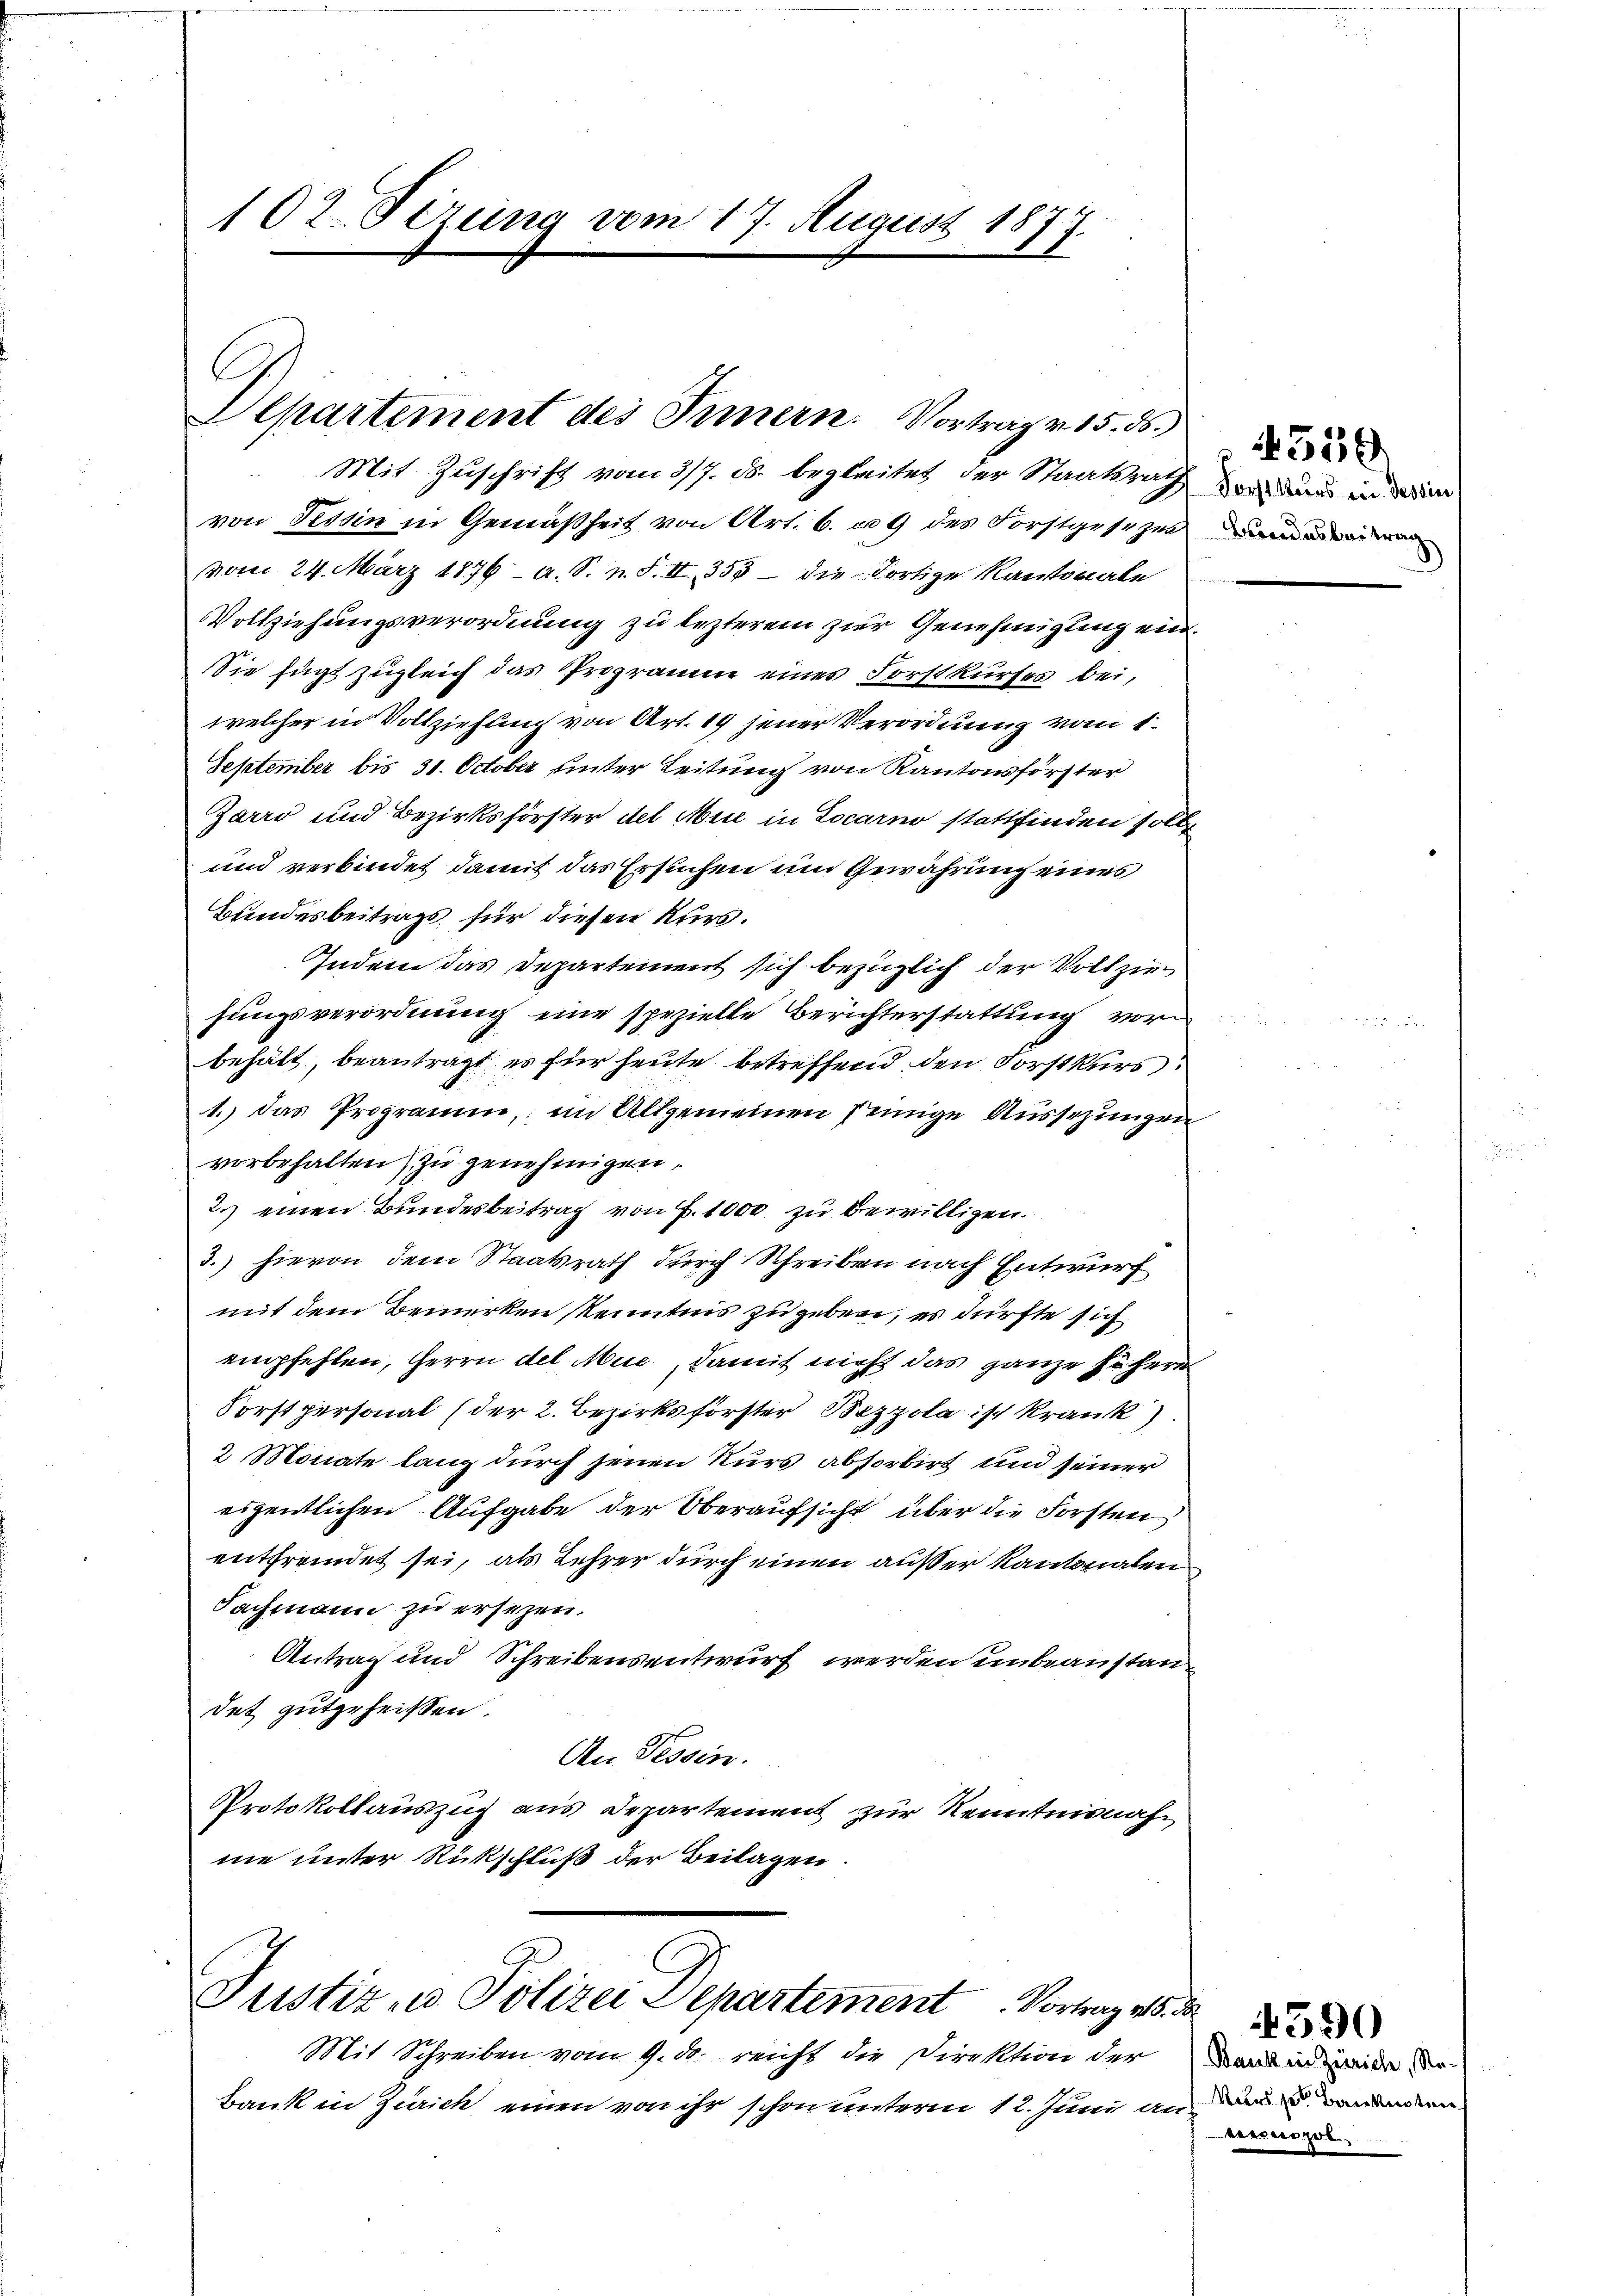
Departement des Innern. Vortrag v. 15. 56.)
Mit Zuschrift vom 3/7. ds. begleitet der Staatsrath vor dann in der in

102. Sizung vom 17. August 187
¬

von Tessin in Gemäßheit von Art. 6. u. 9 des Forstgesezes dann einen
vom 24. März 1876 a. S. n. F. II., 355 - die dortige Kantonale
Vollziehungsverordnung zu lezterem zur Genehmigung ein¬
Sie fügt zugleich das Programm eines Forstkurses bei,
welcher in Vollziehung von Art. 19 jener Verordnung vom 1.
September bis 31. October hinter Leitung von Kantonsförster
Zarro und Bezirksförster del Mue in Locarno stattfinden solle
und verbindet damit das Ersuchen um Gewährung eines
Bundesbeitrags für diesen Kurs.
Indem das Departement sich bezüglich der Vollziehungsverordnung eine spezielle Berichterstattung vor
behält, beantragt es für heute betreffend den Forstkurs
1.) das Programm, im Altgemeinen seinige Aussezungen
vorbehalten) zu genehmigen.
2.) einen Bundesbeitrag von F. 1000 zu bewilligen.
3.) hievon dem Staatsrath durch Schreiben nach Entwurf
mit dem Bemerken Kenntnis zu geben, es dürfte sich
empfehlen, Herrn del Mue, damit nicht das ganze höhere
Forstpersonal (der 2. Bezirksförster Bezzola ist Krank
2 Monate lang durch jenen Kurs absorbirt und seiner
eigentlichen Aufgabe der Oberaufsicht über die Forsten
entfremdet sei, als Lehrer durch einen außer Kantonalen
Fachmann zu ersezen.
Antrag und Schreibensentwurf werden unbeanstandet gutgeheissen.
An Tessin.
Protokollauszug aus Departement zur Kenntnisnahne unter Rückschluß der Beilagen.

Justiz- u. Polizei Departement. Vortrag v

Mit Schreiben vom 9. ds. reicht die Direktion der
Bank in Zürich einen von ihr schon unterm 12. Juni an

359

c
Bank in Zürich, Re¬
Mohrs sein Baukosten

anienzel

590